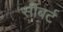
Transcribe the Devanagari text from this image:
सीबर्ट